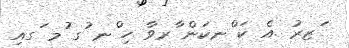
ަޒރު .އެ ކަ ްނކަން ާރވާ ހި ްނ ުގ ުމ ަގއި